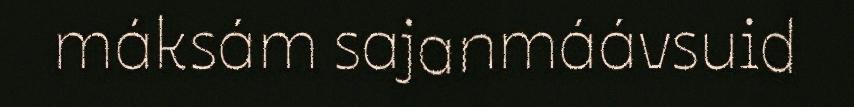
máksám sajanmáávsuid